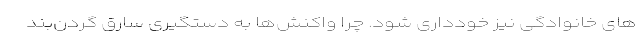
های خانوادگی نیز خودداری شود. چرا واکنش‌ها به دستگیری سارق گردن‌بند